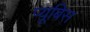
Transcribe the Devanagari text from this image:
प्यूबिस